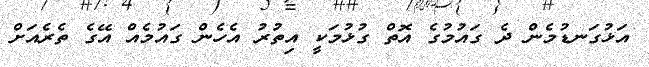
އަޅުގަނޑުމެން ދެ ގައުމުގެ އޮތް ގުޅުމަކީ އިތުރު އެހެން ގައުމެއް އޭގެ ތެރެއަށް